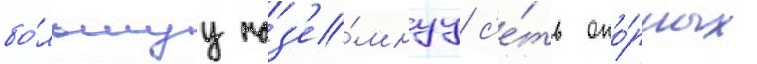
бо́льшуу наз'е́мнуу с'е́ть опо́рных